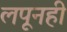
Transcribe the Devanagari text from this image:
लपूनही